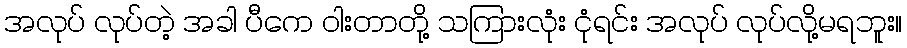
အလုပ် လုပ်တဲ့ အခါ ပီကေ ဝါးတာတို့ သကြားလုံး ငုံရင်း အလုပ် လုပ်လို့မရဘူး။